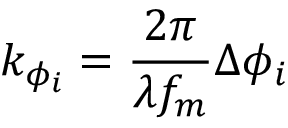
k _ { \phi _ { i } } = \frac { 2 \pi } { \lambda { f _ { m } } } \Delta { \phi } _ { i }